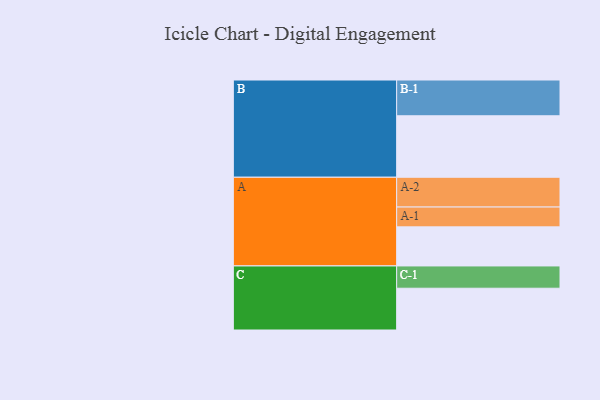
{"axis": {"x": "Segment", "y": "Value"}, "legend": ["", "A", "B", "C"], "data": [{"x": "A", "y": 319, "type": ""}, {"x": "B", "y": 502, "type": ""}, {"x": "C", "y": 341, "type": ""}, {"x": "A-1", "y": 162, "type": "A"}, {"x": "A-2", "y": 243, "type": "A"}, {"x": "B-1", "y": 292, "type": "B"}, {"x": "C-1", "y": 182, "type": "C"}]}